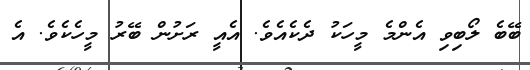
ބޭބެ ލޯބިވި އެންމެ މީހަކު ދެކެއެވެ. އެއީ ރަށުން ބޭރު މީހެކެވެ. އެ